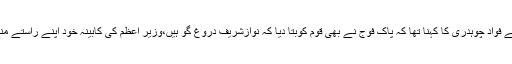
ڈان لیکس کے حوالے سے فواد چوہدری کا کہنا تھا کہ پاک فوج نے بھی قوم کوبتا دیا کہ نوازشریف دروغ گو ہیں،وزیر اعظم کی کابینہ خود اپنے راستے منتخب کرنےلگ گئی ہے۔